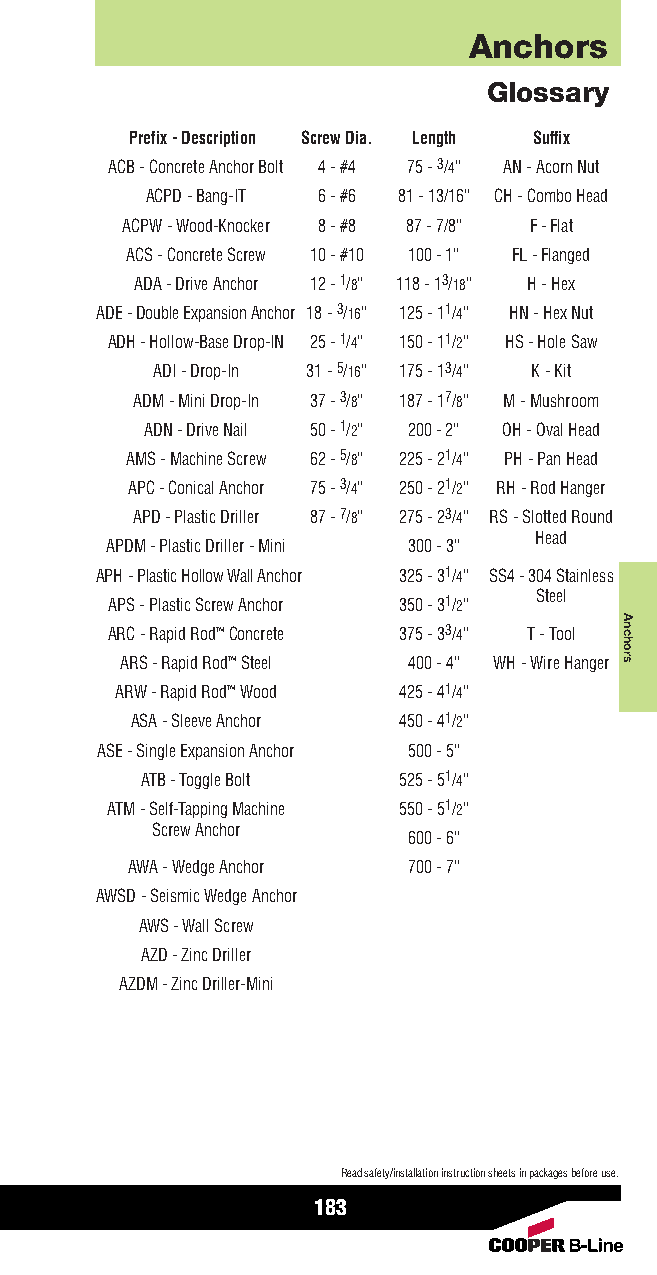
Anchors
 Glossary
 Prefix - Description Screw Dia. Length Suffix
 ACB - Concrete Anchor Bolt 4 - #4 75 - 3/4” AN - Acorn Nut
 ACPD - Bang-IT 6 - #6 81 - 13/16” CH - Combo Head
 ACPW - Wood-Knocker 8 - #8 87 - 7/8” F - Flat
 ACS - Concrete Screw 10 - #10 100 - 1” FL - Flanged
 ADA - Drive Anchor 12 - 1/8” 118 - 13/18” H - Hex
 ADE - Double Expansion Anchor 18 - 3/16” 125 - 11/4” HN - Hex Nut
 ADH - Hollow-Base Drop-IN 25 - 1/4” 150 - 11/2” HS - Hole Saw
 ADI - Drop-In 31 - 5/16” 175 - 13/4” K - Kit
 ADM - Mini Drop-In 37 - 3/8” 187 - 17/8” M - Mushroom
 ADN - Drive Nail 50 - 1/2” 200 - 2” OH - Oval Head
 AMS - Machine Screw 62 - 5/8” 225 - 21/4” PH - Pan Head
 APC - Conical Anchor 75 - 3/4” 250 - 21/2” RH - Rod Hanger
 APD - Plastic Driller 87 - 7/8” 275 - 23/4” RS - Slotted Round
 Head
 APDM - Plastic Driller - Mini 300 - 3”
 APH - Plastic Hollow Wall Anchor 325 - 31/4” SS4 - 304 Stainless
 Steel
 APS - Plastic Screw Anchor 350 - 31/2”
 ARC - Rapid Rod™Concrete 375 - 33/4” T - Tool
 ARS - Rapid Rod™Steel 400 - 4” WH - Wire Hanger
 ARW - Rapid Rod™Wood 425 - 41/4”
 ASA - Sleeve Anchor 450 - 41/2”
 ASE - Single Expansion Anchor 500 - 5”
 ATB - Toggle Bolt 525 - 51/4”
 ATM - Self-Tapping Machine 550 - 51/2”
 Screw Anchor
 600 - 6”
 AWA - Wedge Anchor 700 - 7”
 AWSD - Seismic Wedge Anchor
 AWS - Wall Screw
 AZD - Zinc Driller
 AZDM - Zinc Driller-Mini
 Read safety/installation instruction sheets in packages before use.
 183
 Anchors